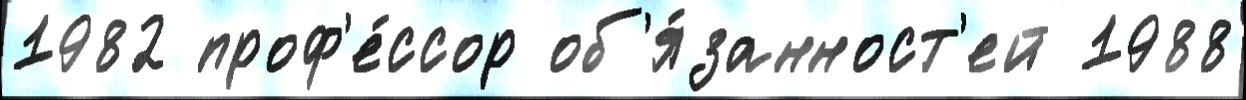
1982 проф'е́ссор об'я́занност'ей 1988